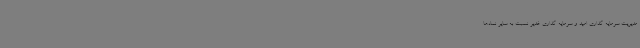
مدیریت سرمایه‌ گذاری امید و سرمایه‌ گذاری غدیر نسبت به سایر نمادها